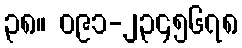
၃၈။ ၀၉၁-၂၃၄၅၆၇၈